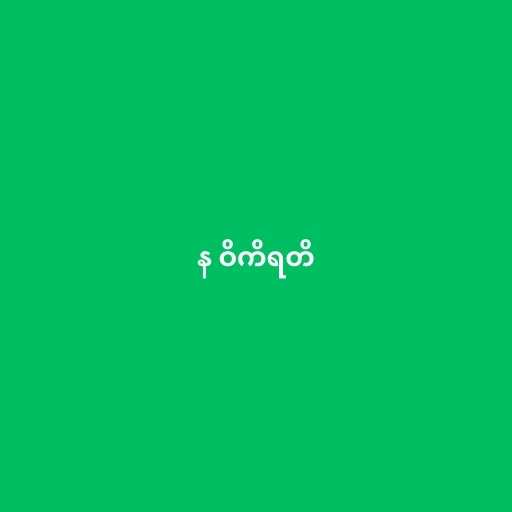
န ဝိကိရတိ